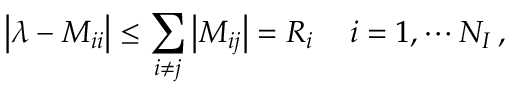
\big | \lambda - M _ { i i } \big | \le \sum _ { i \ne j } \big | M _ { i j } \big | = R _ { i } \, \quad i = 1 , \cdots N _ { I } \, ,